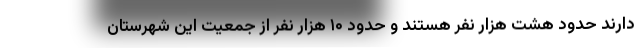
دارند حدود هشت هزار نفر هستند و حدود ۱۰ هزار نفر از جمعیت این شهرستان